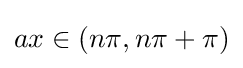
ax\in \left(n\pi ,n\pi +\pi \right)